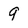
Character: 9